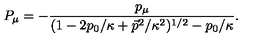
P _ { \mu } = - \frac { p _ { \mu } } { ( 1 - 2 p _ { 0 } / \kappa + \vec { p } ^ { 2 } / \kappa ^ { 2 } ) ^ { 1 / 2 } - p _ { 0 } / \kappa } .